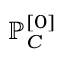
\mathbb { P } _ { C } ^ { [ 0 ] }